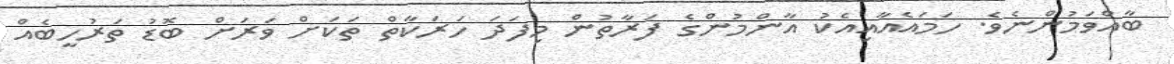
ބާއްވަމުންނެވެ. ހަމައެއާއިއެކު އާންމުންގެ ފަރާތުން މިފަދަ ހަރަކާތް ތަކަށް ވަރަށް ބޮޑު ތަރުހީބެއް